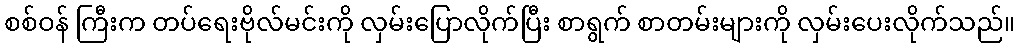
စစ်ဝန် ကြီးက တပ်ရေးဗိုလ်မင်းကို လှမ်းပြောလိုက်ပြီး စာရွက် စာတမ်းများကို လှမ်းပေးလိုက်သည်။